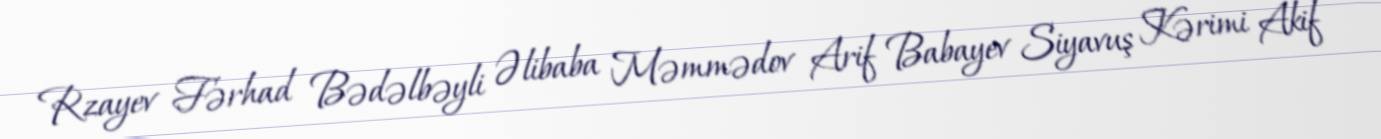
Rzayev Fərhad Bədəlbəyli Əlibaba Məmmədov Arif Babayev Siyavuş Kərimi Akif